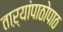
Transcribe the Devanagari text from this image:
ताऱ्यांपाठोपाठ